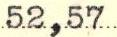
52,57